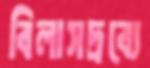
বিলাসদ্রব্যে